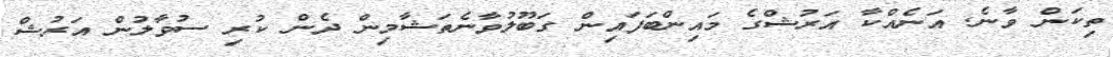
ތިކަން ވާނެ